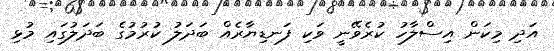
އަދި މިކަން އިސްލާހު ކުރެވޭނީ ވަކި ފަނޑިޔާރެއް ބަދަލު ކުރުމުގެ ބަދަލުގައި މުޅި